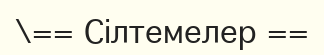
\== Сілтемелер ==